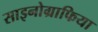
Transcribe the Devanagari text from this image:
साइनोग्राफिया